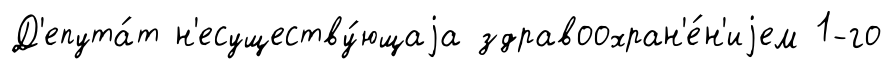
Д'епута́т н'есуществу́ющаjа здравоохран'е́н'иjем 1-го